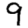
Digit: 9